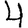
Digit: 4